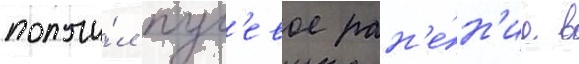
получи́л пул'евое ран'е́н'ие в